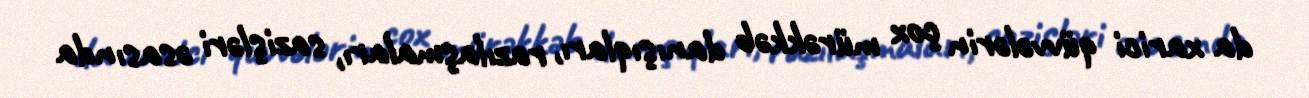
da xarici qüvvələrin çox mürəkkəb danışıqları, razılaşmaları, sazişləri əsasında